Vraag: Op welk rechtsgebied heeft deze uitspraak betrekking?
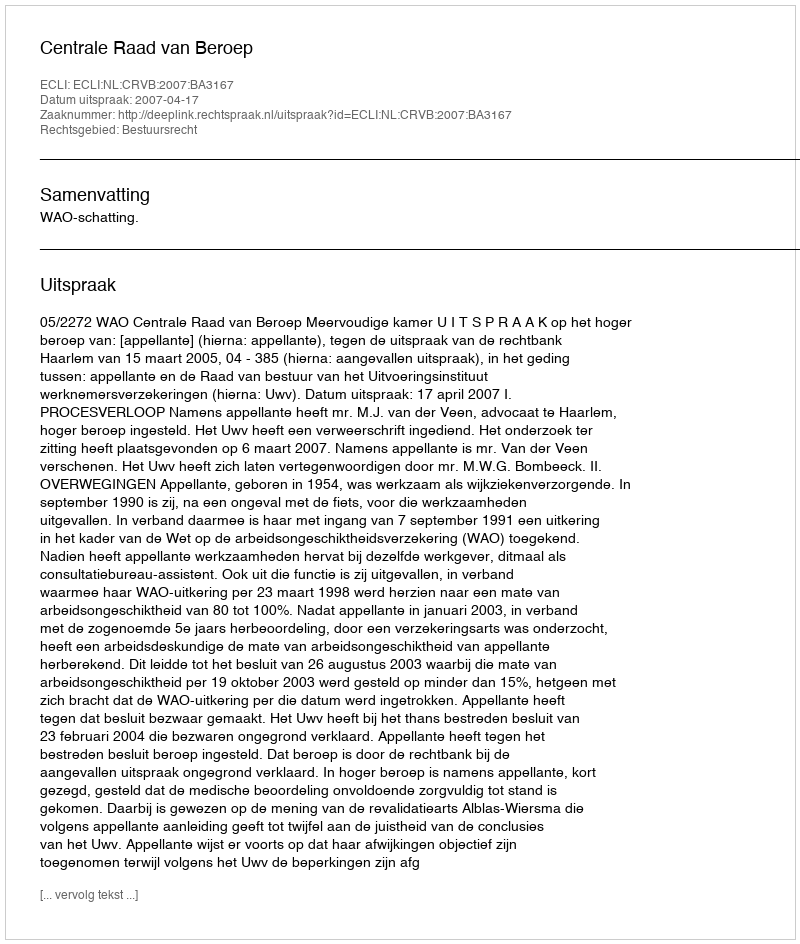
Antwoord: Bestuursrecht